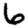
Digit: 6